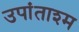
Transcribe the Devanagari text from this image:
उपांताश्म